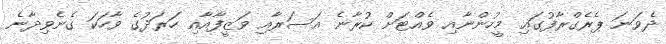
ދެވަނަ ޕެރެގްރާފުގައި މީހުންނާއި ވެއްޓަށް ކުރާނެ އަސަރާއި ވަޒީފާއާއި ހަރަދުގެ ވާހަކަ ގެނެވިދާނެ